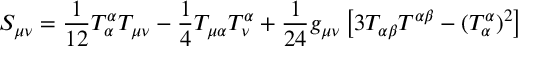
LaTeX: S _ { \mu \nu } = \frac { 1 } { 1 2 } T _ { \alpha } ^ { \alpha } T _ { \mu \nu } - \frac { 1 } { 4 } T _ { \mu \alpha } T _ { \nu } ^ { \alpha } + \frac { 1 } { 2 4 } g _ { \mu \nu } \left[ 3 T _ { \alpha \beta } T ^ { \alpha \beta } - ( T _ { \alpha } ^ { \alpha } ) ^ { 2 } \right]